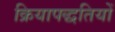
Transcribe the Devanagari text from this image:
क्रियापद्धतियों